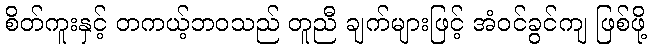
စိတ်ကူးနှင့် တကယ့်ဘဝသည် တူညီ ချက်များဖြင့် အံဝင်ခွင်ကျ ဖြစ်ဖို့